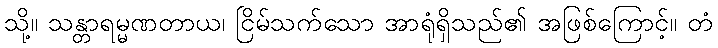
သို့။ သန္တာရမ္မဏတာယ၊ ငြိမ်သက်သော အာရုံရှိသည်၏ အဖြစ်ကြောင့်။ တံ